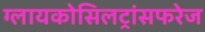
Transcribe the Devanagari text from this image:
ग्लायकोसिलट्रांसफरेज